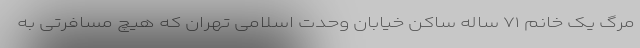
مرگ یک خانم ۷۱ ساله ساکن خیابان وحدت اسلامی تهران که هیچ مسافرتی به